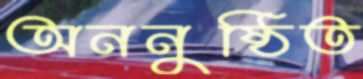
অননুষ্ঠিত